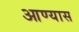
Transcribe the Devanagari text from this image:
आण्यास